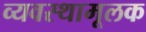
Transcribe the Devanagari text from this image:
व्यवस्थामूलक